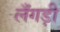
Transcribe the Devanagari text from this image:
लँगड़ी